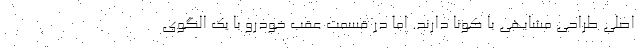
اصلی طراحی مشابهی با کونا دارند. اما در قسمت عقب خودرو با یک الگوی